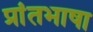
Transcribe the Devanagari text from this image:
प्रांतभाषा